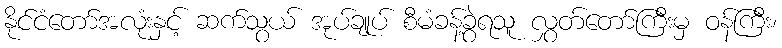
နိုင်ငံတော်အလုံးနှင့် ဆက်သွယ် အုပ်ချုပ် စီမံခန့်ခွဲရသူ လွှတ်တော်ကြီးမှ ဝန်ကြီး၊